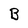
Character: B